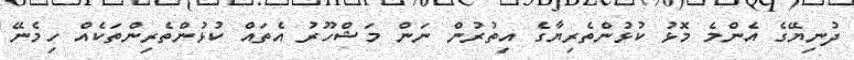
ދުނިޔޭގެ އެންމެ މޮޅު ކުޅުންތެރިޔާގެ އިތުރުން ނަން މަޝްހޫރު އެތައް ކުޅުންތެރިންތަކެއް ހިމެނޭ